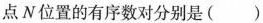
点N位置的有序数对分别是( )